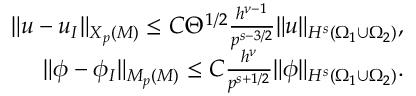
\begin{array} { r l r } & { } & { \| \boldsymbol { u } - \boldsymbol { u } _ { I } \| _ { { \boldsymbol { X } } _ { p } ( { \cal M } ) } \le C \Theta ^ { 1 / 2 } \frac { h ^ { \nu - 1 } } { p ^ { s - 3 / 2 } } \| \boldsymbol { u } \| _ { H ^ { s } ( \Omega _ { 1 } \cup \Omega _ { 2 } ) } , } \\ & { } & { \| \phi - \phi _ { I } \| _ { M _ { p } ( { \cal M } ) } \le C \frac { h ^ { \nu } } { p ^ { s + 1 / 2 } } \| \phi \| _ { H ^ { s } ( \Omega _ { 1 } \cup \Omega _ { 2 } ) } . } \end{array}